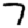
Digit: 7